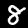
Digit: 8